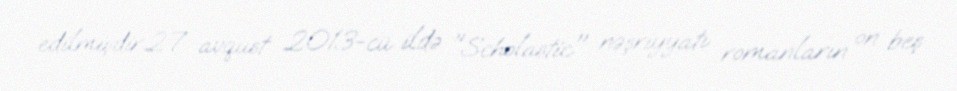
edilmişdir.27 avqust 2013-cü ildə "Scholastic" nəşriyyatı romanların on beş